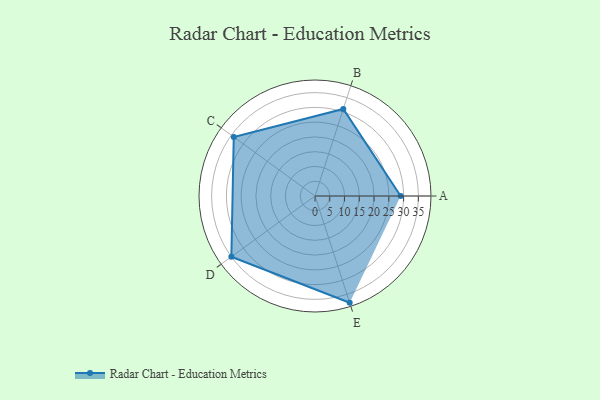
{"axis": {"x": "Skill", "y": "Score"}, "legend": ["Profile"], "data": [{"x": "A", "y": 29.0, "type": "Profile"}, {"x": "B", "y": 31.0, "type": "Profile"}, {"x": "C", "y": 34.0, "type": "Profile"}, {"x": "D", "y": 35.0, "type": "Profile"}, {"x": "E", "y": 38.0, "type": "Profile"}]}